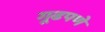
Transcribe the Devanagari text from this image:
गूढपणे